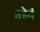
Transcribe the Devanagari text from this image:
तर्‍हेनं